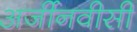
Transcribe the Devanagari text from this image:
अर्जीनवीसी